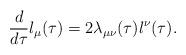
LaTeX: \begin{align*}\frac{d}{d\tau}l_\mu(\tau)=2\lambda_{\mu\nu}(\tau)l^\nu(\tau). \end{align*}